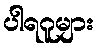
ပါရဂူများ